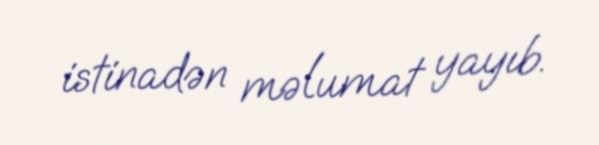
istinadən məlumat yayıb.